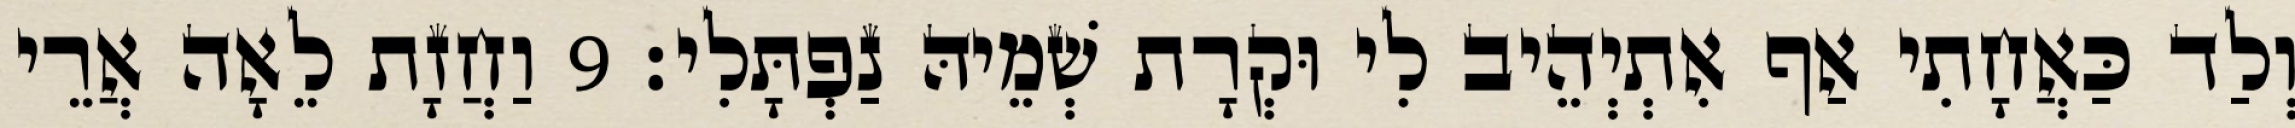
וְלַד כַּאֲחָתִי אַף אִתְיְהֵיב לִי וּקְרָת שְׁמֵיהּ נַפְתָּלִי׃ 9 וַחֲזָת לֵאָה אֲרֵי